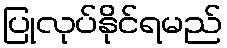
ပြုလုပ်နိုင်ရမည်